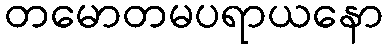
တမောတမပရာယနော